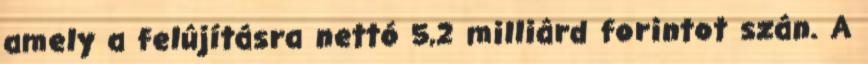
amely a felújításra nettó 5,2 milliárd forintot szán. A